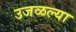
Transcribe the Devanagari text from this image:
उजळल्या